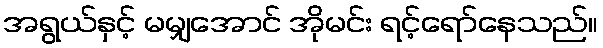
အရွယ်နှင့် မမျှအောင် အိုမင်း ရင့်ရော်နေသည်။